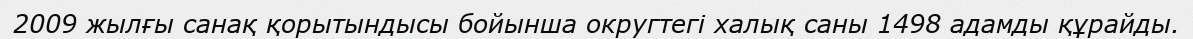
2009 жылғы санақ қорытындысы бойынша округтегі халық саны 1498 адамды құрайды.